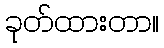
ခုတ်ထားတာ။